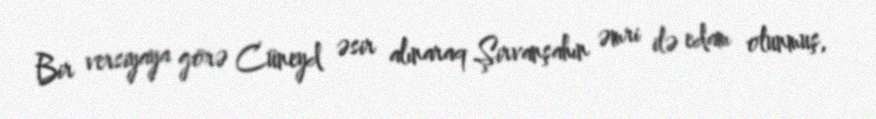
Bir versiyaya görə Cüneyd əsir alınaraq Şirvanşahın əmri ilə edam olunmuş,